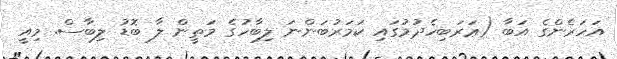
އަހަރެންގެ އަބާ (ޢަރަބިހެދުމުގައި ކަމަރުބަންނަ ލިބާހުގެ މަތީން ލާ ބޮޑު ލިބާސް. މިއީ